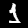
Label: 1